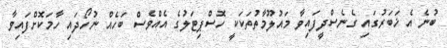
ބުނެ އެ ޚަބަރުގައި ގެނެސްދީފައިވާ މައުލޫމާތުތަކަކީ ހޮސްޕިޓަލުގެ އެއްވެސް ބަހެއް ނުހޯދައި ހާމަކޮށްފައިވާ